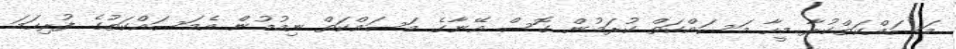
މަސައްކަތްކުރާ މީހާ މަސައްކަތް ކުރަމުން ގޮސް އޭނާގެ މަސައްކަތް ނިމުުމުން އެމަސައްކަތުގެ ފުރިހަމަ